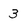
Character: 3